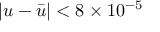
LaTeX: \left| u - { \bar { u } } \right| < 8 \times 1 0 ^ { - 5 }